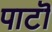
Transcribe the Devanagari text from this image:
पाटॊ